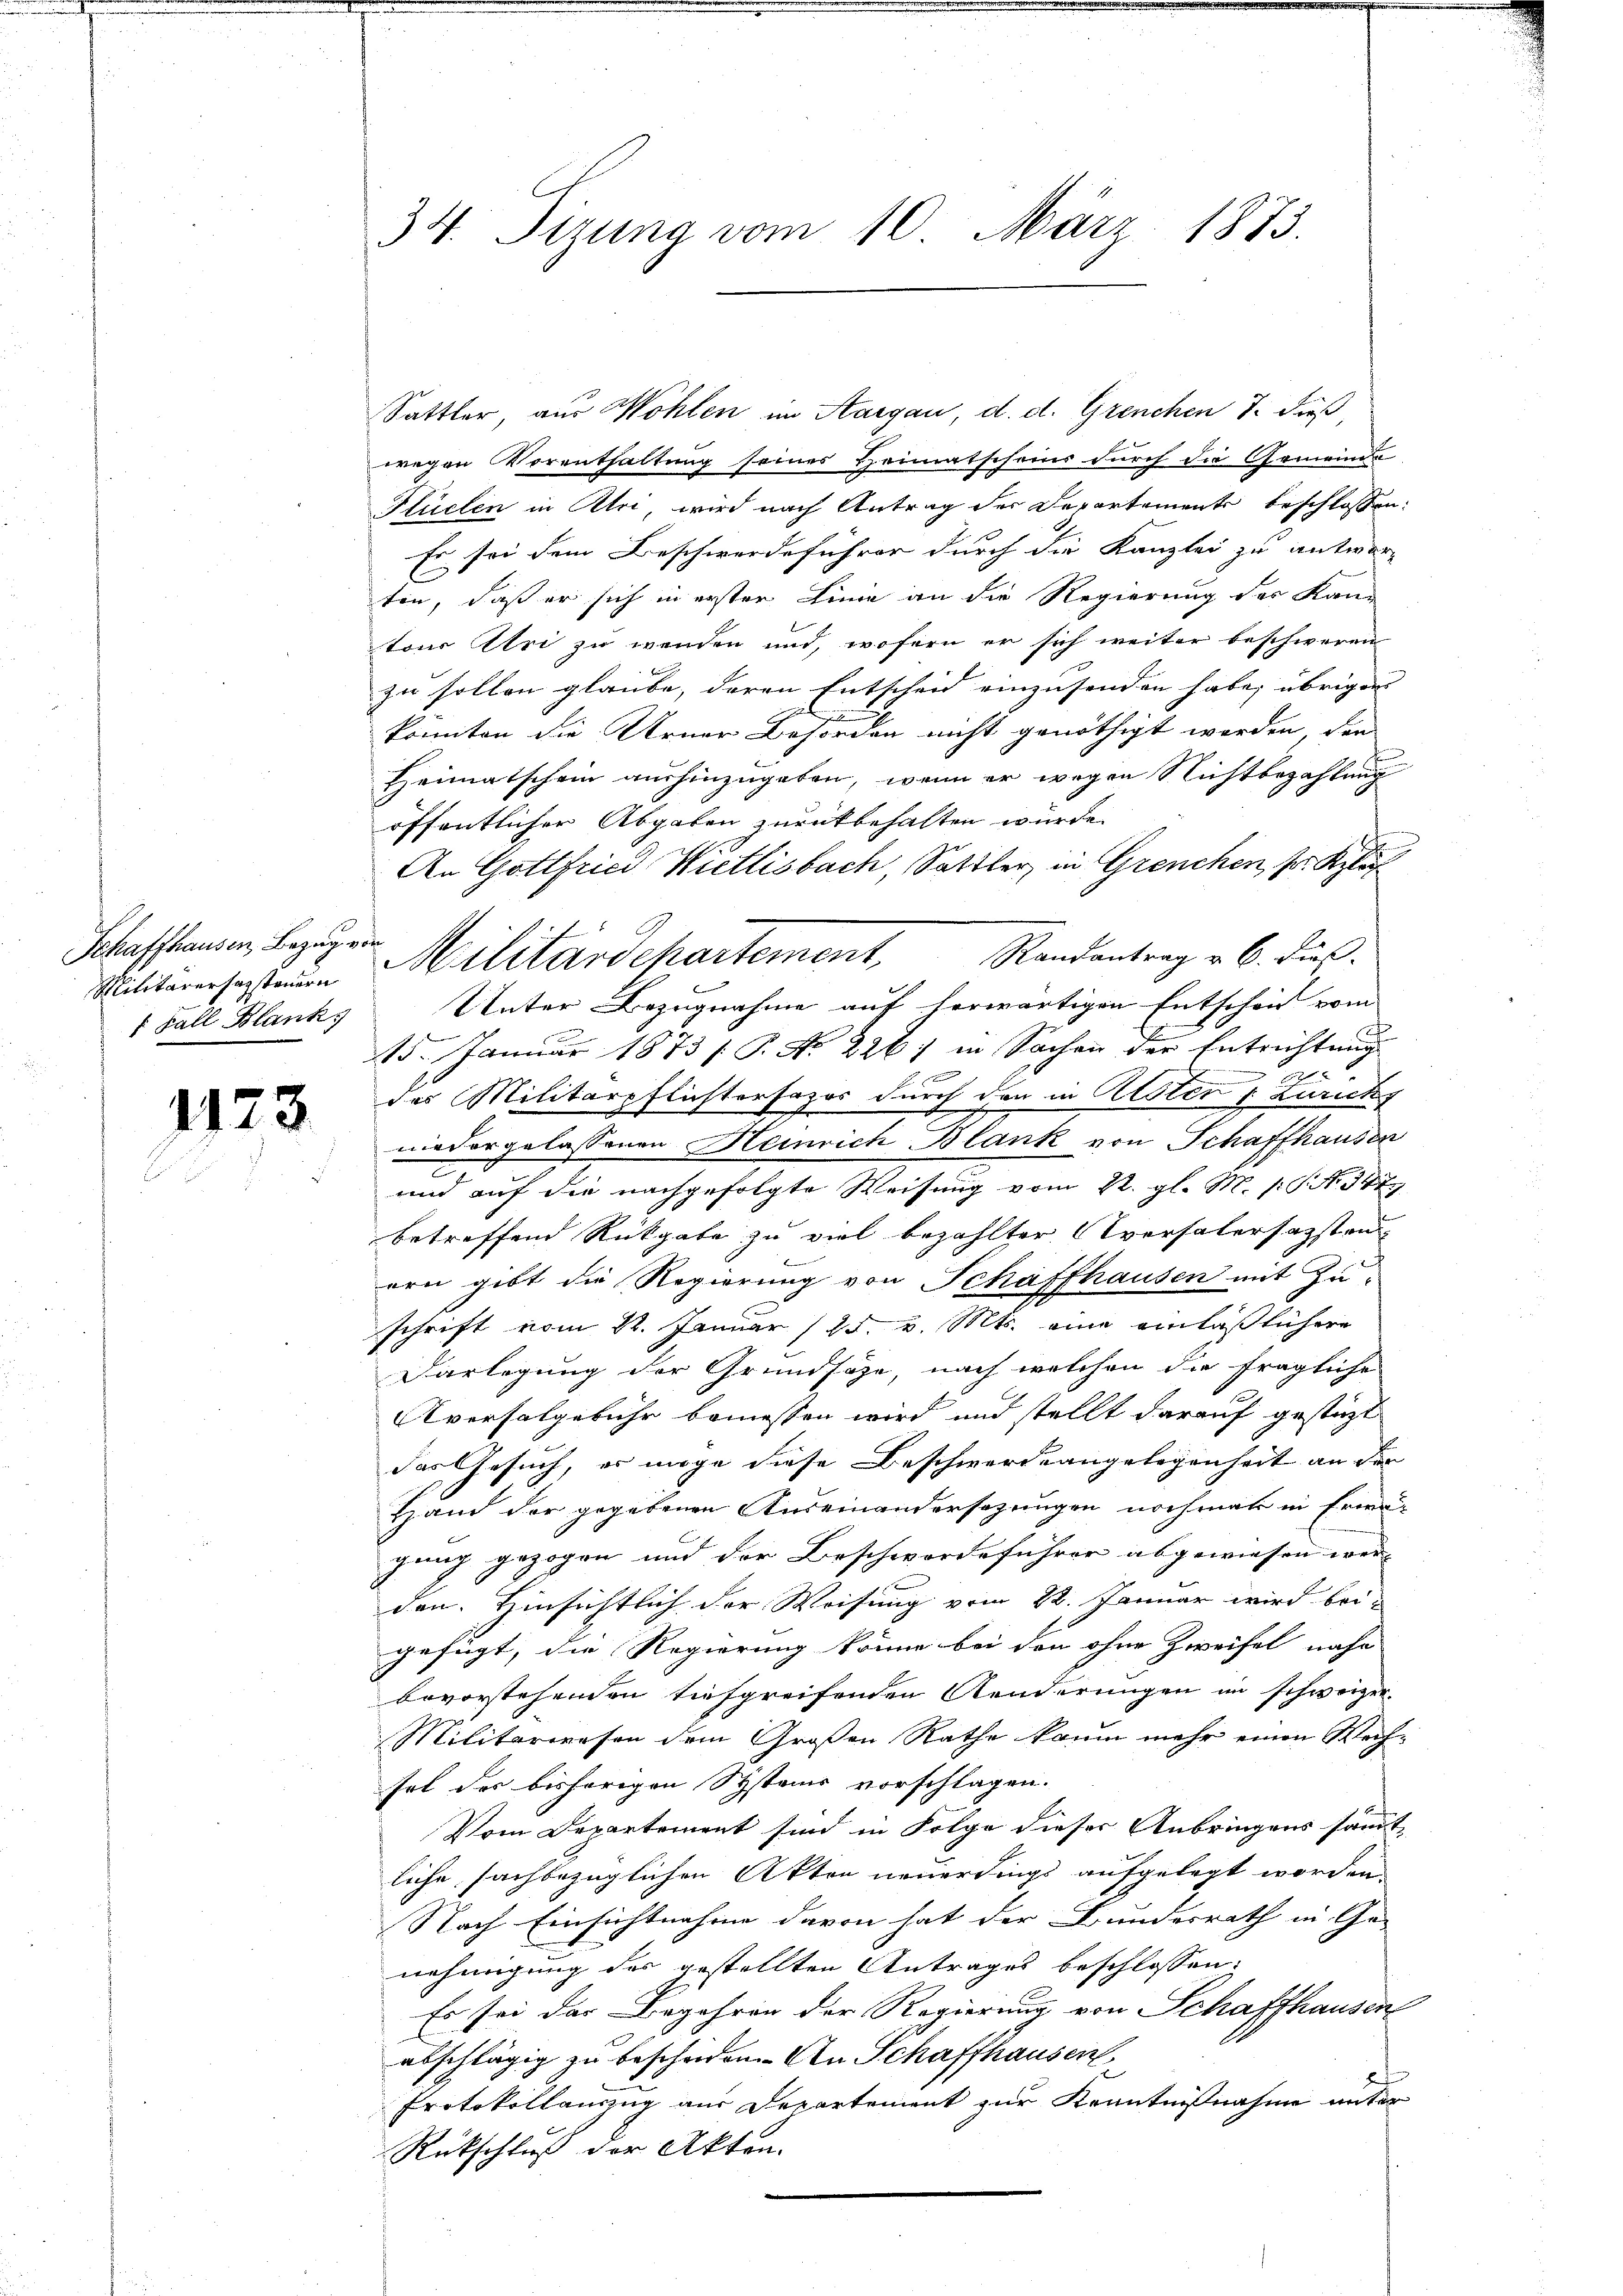
Schaffhausen, Bezug von
Militärer sagsteuern
f Fall Blank

1123.

34. Tizung vom 10. März 1873.

Sattler aus Wohlen im Aargau, d. d. Grenchen 7. dieß,
wegen Vorenthaltung seines Heimatscheins durch die Gemeinde
Plüelen in Atri, wird nach Antrag der Departemente beschlossen:
Es sei dem Beschwerdeführer durch die Kanzlei zu antworten, daß er sich in erster Linie an die Regierung des Kantour Uri zu wenden und, wofern er sich weiter beschweren
zu sollen glaube, deren Entscheid einzusenden habe, übrigen
e
konnten die Urner Behörden nicht genöthigt worden, den
Heimatschein aushinzugeben, wenn er wegen Nichtbezahlung
öffentlicher Abgaben zurückbehalten würde.
An Gottfried Wietlisbach, Sattler, in Grenchen, Sr. Kluf
Militärdepartement, Randantrag v. 6. di
Unter Bezugnahme auf herwärtigen Entschen vom
15. Januar 1873 /: P. Nr. 226) in Sachen der Entrichtung
2
des Militärpflichtersezes durch den in Rester : Zuricht
niedergelassenen Heinrich Blank von Schaffhausen
und auf die nachgefolgte Weisung vom 2. gl. M. p. N. 347.
betreffend Rückgabe zu viel bezahlter Aversalersagsten
ern gibt die Regierung von Schaffhausen mit Zu-
schrift vom 22. Januar (25. v. Mts. eine einläßlichere
Darlegung der Grundsaze, nach welchen die fragliche
Aversalgebühr bemessen wird und stellt darauf gestützt
das Gesuch, er möge diese Beschwerde angelegenheit an der
Hand der gegebenen Auseinandersezungen nochmals in Erwäjung gezogen und der Beschwerdeführer abgewiesen wer- |
den. Hinsichtlich der Weisung vom 22. Januar wird bei-
gefügt, die Regierung könne bei den ohne Zweifel nahe
bevorstehenden tiefgreifenden Aenderungen im schweizer-
Militärwesen dem Großen Rathe kaum mehr einen Wech-
fol des bisherigen Systems vorschlagen.
Vom Departement sind in Folge dieser Anbringens sammtliche sachbezüglichen Akten neuerdings aufgelegt worden.
Nach Einsichtnahme davon hat der Bundesrath in Ge- |
nehmigung des gestellten Antrages beschlossen:
Es sei der Begehren der Regierung von Schaffhausen
abschlägig zu bescheiden. An Schaffhausen,
e
Protokollauszug aus Departement zur Kenntnißnahme unter
Rückschluß der Akten.